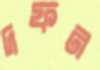
দফন